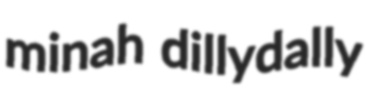
minah dillydally